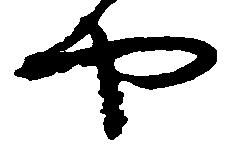
や